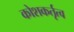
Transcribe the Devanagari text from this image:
कोशकर्तृत्व